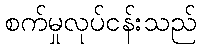
စက်မှုလုပ်ငန်းသည်